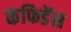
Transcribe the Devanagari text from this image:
कंफिडेंस